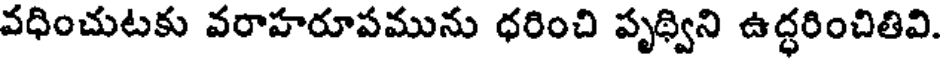
వధించుటకు వరాహరూపమును ధరించి పృథ్విని ఉద్ధరించితివి.